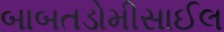
બાબતડોમીસાઈલ